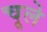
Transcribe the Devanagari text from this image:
चूले